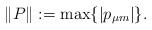
LaTeX: \begin{align*}\| P \| := \max \{ |p_{\mu m}| \}.\end{align*}